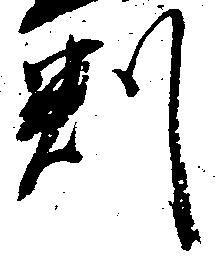
判